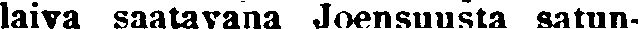
laiva saatavana Joensuusta satun-